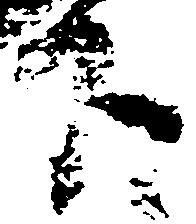
下